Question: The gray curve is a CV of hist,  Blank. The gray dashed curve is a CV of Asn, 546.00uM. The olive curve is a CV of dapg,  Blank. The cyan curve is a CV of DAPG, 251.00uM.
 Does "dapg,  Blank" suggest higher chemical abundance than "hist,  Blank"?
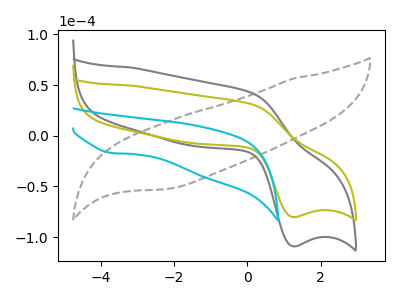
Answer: <think>The gray curve "hist,  Blank" has an anodic peak at (0.10V, 42.30uA) and a cathodic peak at (1.25V, -109.10uA). The gray dashed curve "Asn, 546.00uM" has no peaks. The olive curve "dapg,  Blank" has an anodic peak at (0.10V, 31.10uA) and a cathodic peak at (1.25V, -80.25uA). The cyan curve "DAPG, 251.00uM" has a cathodic peak at: (-3.70V, -17.10uA).
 All the peaks in "dapg,  Blank" have a peak in "hist,  Blank" at the same potential. Every peak in "dapg,  Blank" is lower than every peak in "hist,  Blank".</think>
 <answer>"dapg,  Blank" has less signal than "hist,  Blank".</answer>
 <eval>less_signal</eval>